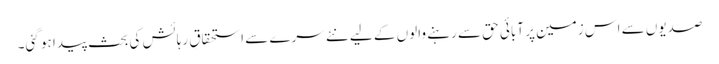
صدیوں سے اس زمین پر آبائی حق سے رہنے والوں کے لیے نئے سرے سے استحقاقِ رہائش کی بحث پیدا ہو گئی۔